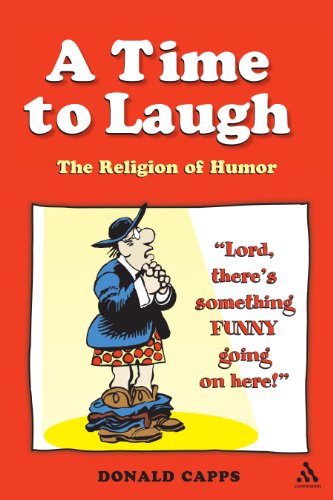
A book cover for Time to Laugh: The Religion of Humor; Donald Capps; Humor & Entertainment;